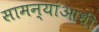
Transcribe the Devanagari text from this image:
सामन्यांआधी